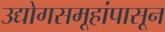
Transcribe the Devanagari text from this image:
उद्योगसमूहांपासून